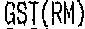
GST(RM)